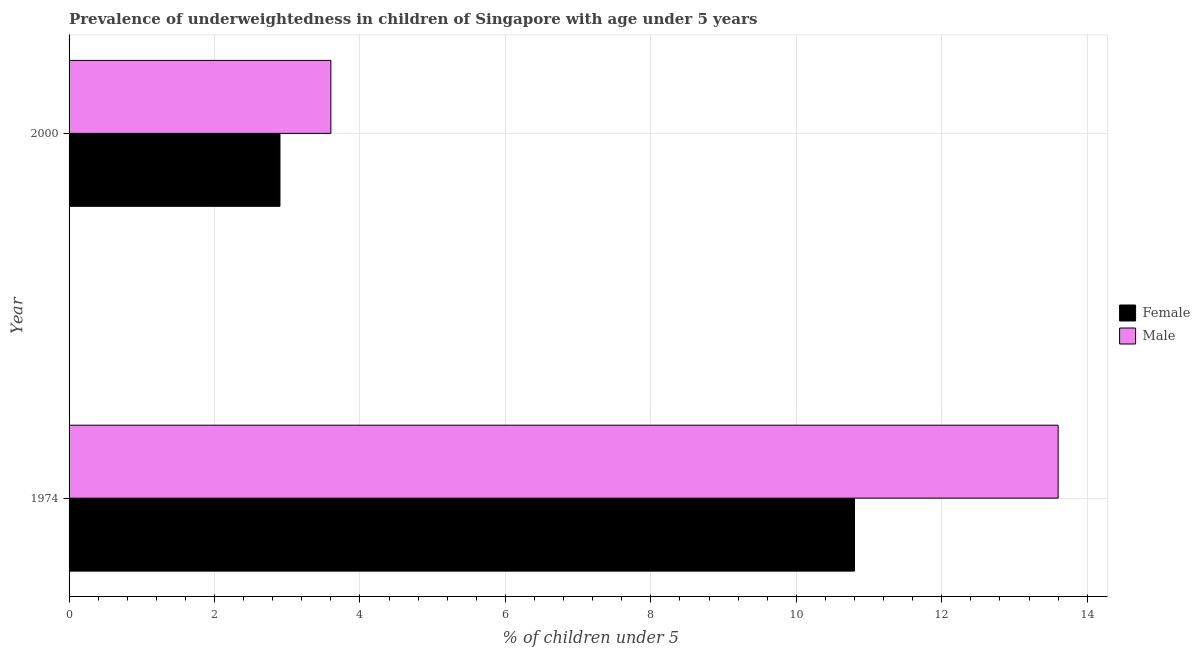
| Year | Female | Male |
 | --- | --- | --- |
 | 1974 | 10.8 | 13.6 |
 | 2000 | 2.9 | 3.6 |